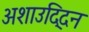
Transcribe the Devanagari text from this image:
अशाउद्दिन